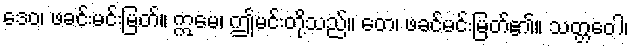
ဒေဝ၊ ဖခင်းမင်းမြတ်။ ဣမေ၊ ဤမင်းတို့သည်။ တေ၊ ဖခင်မင်းမြတ်၏။ သတ္တဝေါ၊